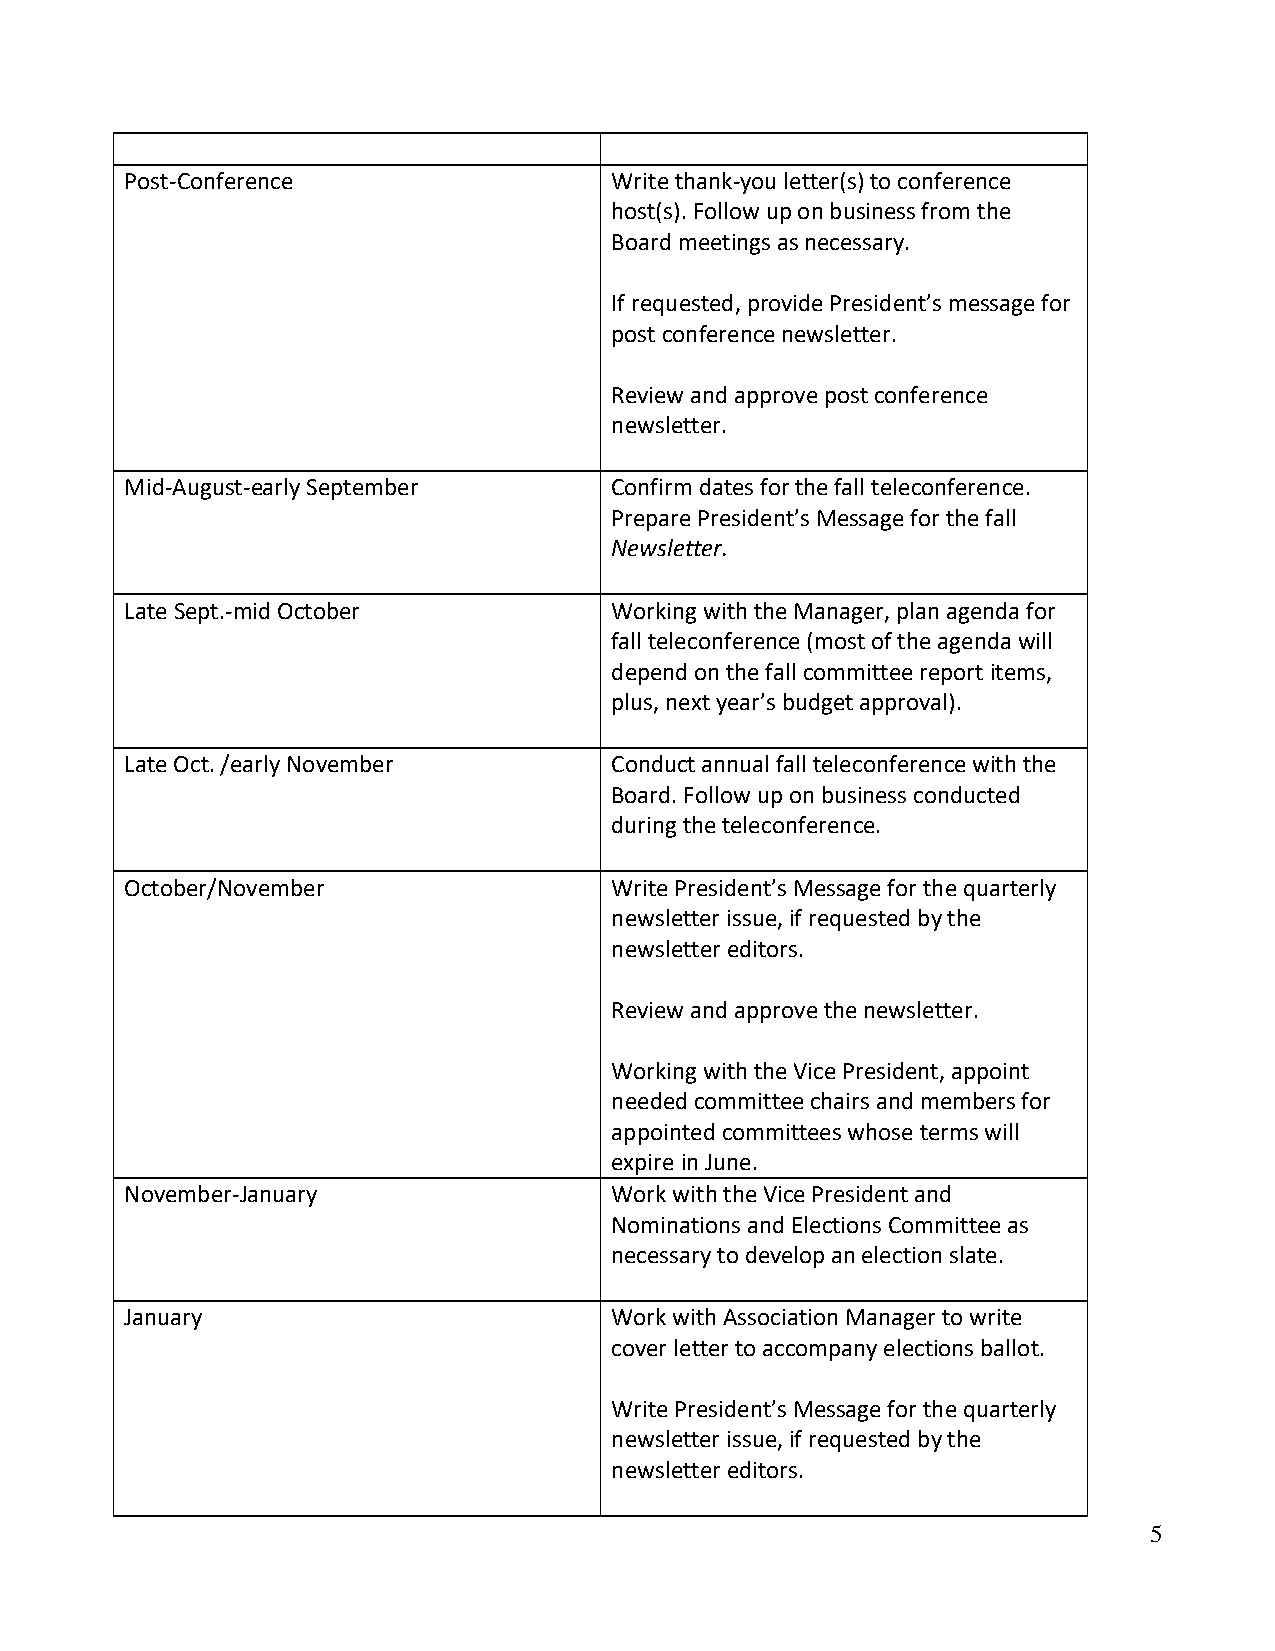
Post-Conference                 Write thank-you letter(s) to conference
 host(s). Follow up on business from the
 Board meetings as necessary.
 If requested, provide President’s message for
 post conference newsletter.
 Review and approve post conference
 newsletter.
 Mid-August-early September      Confirm dates for the fall teleconference.
 Prepare President’s Message for the fall
 Newsletter.
 Late Sept.-mid October          Working with the Manager, plan agenda for
 fall teleconference (most of the agenda will
 depend on the fall committee report items,
 plus, next year’s budget approval).
 Late Oct. /early November       Conduct annual fall teleconference with the
 Board. Follow up on business conducted
 during the teleconference.
 October/November                Write President’s Message for the quarterly
 newsletter issue, if requested by the
 newsletter editors.
 Review and approve the newsletter.
 Working with the Vice President, appoint
 needed committee chairs and members for
 appointed committees whose terms will
 expire in June.
 November-January                Work with the Vice President and
 Nominations and Elections Committee as
 necessary to develop an election slate.
 January                         Work with Association Manager to write
 cover letter to accompany elections ballot.
 Write President’s Message for the quarterly
 newsletter issue, if requested by the
 newsletter editors.
 5